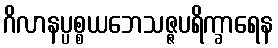
ဂိလာနပ္ပစ္စယဘေသဇ္ဇပရိက္ခာရေန